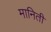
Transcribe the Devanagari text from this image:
मानिती